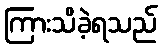
ကြားသိခဲ့ရသည်